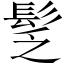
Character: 𩬪